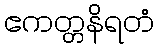
ဧကတ္တနိရတံ